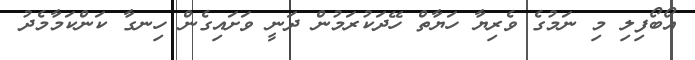
އޯބޯފިލި މި ނަމުގެ ވެރިޔާ ހަޔާތް ހޭދަކުރަމުން ދަނީ ވަށައިގެން ހިނގާ ކަންކަމާމެދު